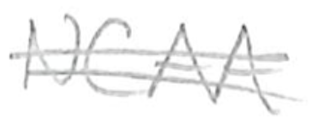
Text: NCAA
Cross-out: double-line
Writing tool: pencil